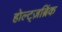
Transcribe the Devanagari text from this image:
होल्ट्ज़ब्रिंक